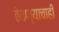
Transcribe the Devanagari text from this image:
ठेवण्याचाही